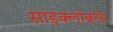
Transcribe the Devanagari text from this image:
साइक्लोक्रॉस